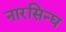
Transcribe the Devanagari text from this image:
नारसिन्घ